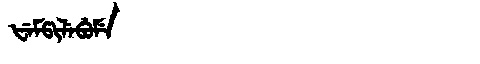
Manchu: ᡶᡝᠮᡦᡳᠯᡝᠪᡠᠮᡝ
Romanization: FEMPILEBUME